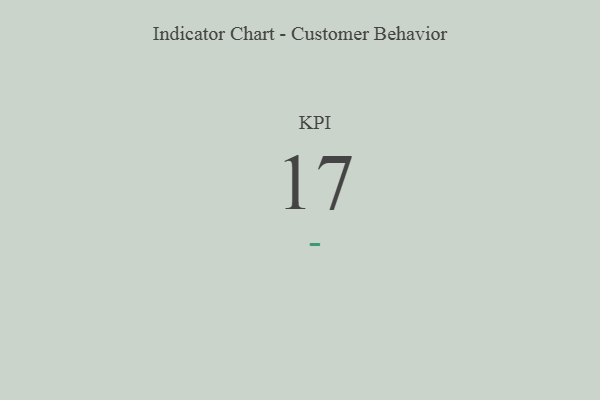
{"axis": {"x": "KPI", "y": "Value"}, "legend": [""], "data": [{"x": "KPI", "y": 17, "type": ""}]}